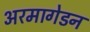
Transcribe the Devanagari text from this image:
अरमागेडन